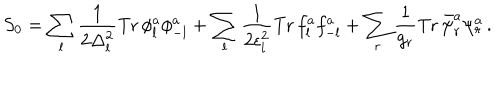
LaTeX: S _ { 0 } = \sum _ { l } \frac { 1 } { 2 \Delta _ { l } ^ { 2 } } \mathrm { T r } \, \phi _ { l } ^ { a } \phi _ { - l } ^ { a } + \sum _ { l } \frac { 1 } { 2 \epsilon _ { l } ^ { 2 } } \mathrm { T r } \, f _ { l } ^ { a } f _ { - l } ^ { a } + \sum _ { r } \frac { 1 } { g _ { r } } \mathrm { T r } \, \bar { \psi } _ { r } ^ { a } \psi _ { r } ^ { a } \, .